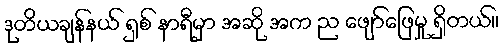
ဒုတိယချန်နယ် ရှစ် နာရီမှာ အဆို အက ည ဖျော်ဖြေမှု ရှိတယ်။